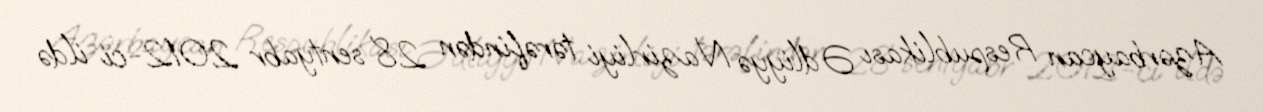
Azərbaycan Respublikası Ədliyyə Nazirliyi tərəfindən 28 sentyabr 2012-ci ildə